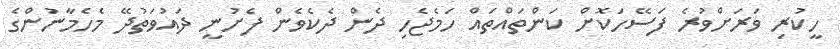
ހީކުރި ވަރަށްވުރެ ފަސޭހަކޮށް ކަންތައްތައް ހަމެޖެހި ދެން ދެކެވެން ފެށުނީ ދައުވަތުދޭ މެހެމާނުންގެ